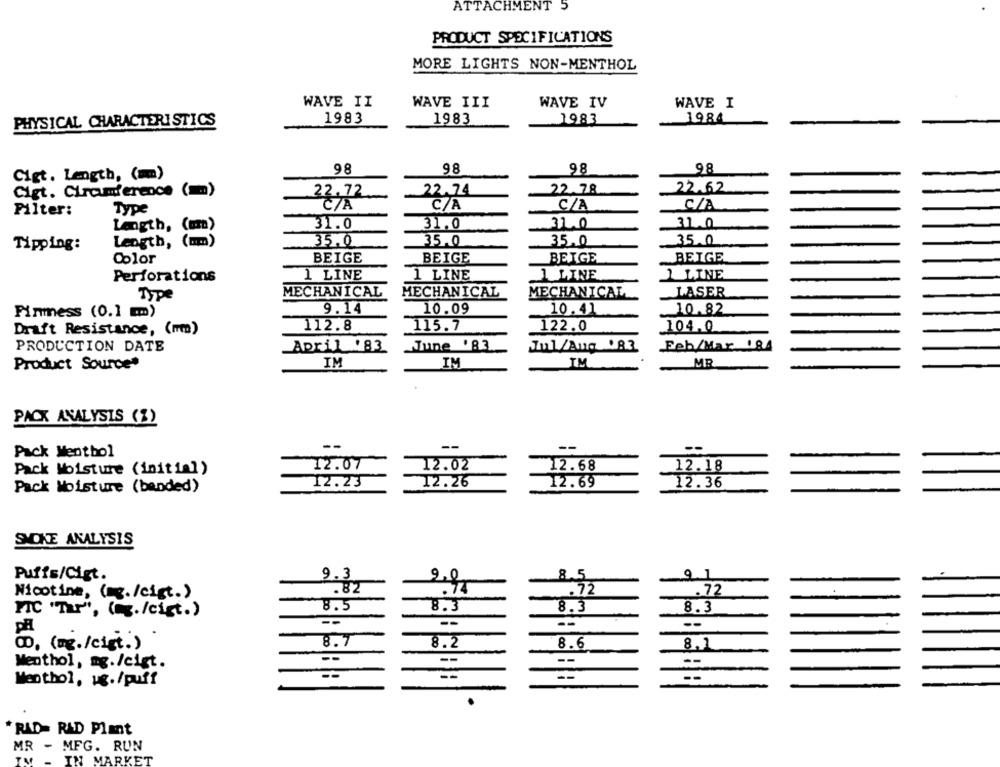
ATTACHMENT 5
PRODUCT SPECIFICATIONS
MORE LIGHTS NON-MENTHOL
WAVE II
WAVE III
WAVE IV
WAVE I
PHYSICAL CHARACTERISTICS
1983
1983
1983
1984
98
98
98
98
Cigt. Length, (mm)
Cigt. Circumference (mm)
22.74
22.78
22.62
22.72
C/A
C/A
C/A
C/A
Filter:
Type
Length, (un)
31.0
31.0
31.0
31.0
Length, (mm)
35.0
35.0
35.0
35.0
Tipping:
Color
BEIGE
BEIGE
BEIGE
BEIGE
1 LINE
1 LINE
1 LINE
1 LINE
Perforations
LASER
Type
MECHANICAL
MECHANICAL
MECHANICAL
9.14
10.09
10.41
10.82
Finmess (0.1 m)
Draft Resistance, (mm)
112.8
115.7
122.0
104,0
June '83
Jul/Aug .83
Feb/Mar 184
PRODUCTION DATE
April '83
Product Source"
IM
IM
TM
MR
PACK ANALYSIS (%)
--
--
--
Pack Menthol
12.07
12.02
12.68
12.18
Pack Moisture (initial)
12.26
12.36
Pack Moisture (banded)
12.23
12.69
SMOKE ANALYSIS
Puffs/Cigt.
9.3
9,0
85
9.1
.82
.74
.. 72
.72
Nicotine, (mg./cigt.)
8.3
PIC "Tar", (./cigt.)
8.5
8.3
8.3
--
--
--
8.7
8.2
8.6
8,1
00, (mg./cist.)
--
--
Menthol, ag./cigt.
Menthol, us./puff
* RAD= RAD Plant
MR - MFG. RUN
IN MARKET